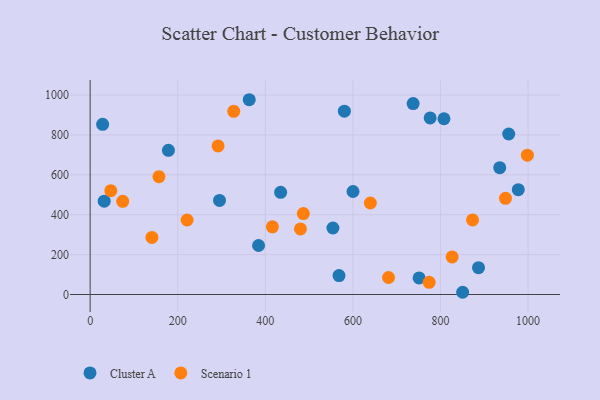
{"axis": {"x": "Distance", "y": "Salary"}, "legend": ["Cluster A", "Scenario 1"], "data": [{"x": "178.8", "y": 722.7, "type": "Cluster A"}, {"x": "955.9", "y": 804.3, "type": "Cluster A"}, {"x": "751.2", "y": 83.0, "type": "Cluster A"}, {"x": "295.4", "y": 471.3, "type": "Cluster A"}, {"x": "600.3", "y": 516.3, "type": "Cluster A"}, {"x": "850.7", "y": 11.2, "type": "Cluster A"}, {"x": "28.5", "y": 852.8, "type": "Cluster A"}, {"x": "554.4", "y": 333.4, "type": "Cluster A"}, {"x": "808.0", "y": 880.9, "type": "Cluster A"}, {"x": "580.6", "y": 918.7, "type": "Cluster A"}, {"x": "977.7", "y": 525.2, "type": "Cluster A"}, {"x": "32.1", "y": 467.6, "type": "Cluster A"}, {"x": "776.5", "y": 885.0, "type": "Cluster A"}, {"x": "886.9", "y": 134.3, "type": "Cluster A"}, {"x": "435.0", "y": 512.3, "type": "Cluster A"}, {"x": "737.6", "y": 957.1, "type": "Cluster A"}, {"x": "384.6", "y": 245.6, "type": "Cluster A"}, {"x": "568.3", "y": 94.8, "type": "Cluster A"}, {"x": "935.4", "y": 635.6, "type": "Cluster A"}, {"x": "363.3", "y": 976.2, "type": "Cluster A"}, {"x": "221.4", "y": 373.3, "type": "Scenario 1"}, {"x": "480.3", "y": 328.6, "type": "Scenario 1"}, {"x": "327.9", "y": 918.0, "type": "Scenario 1"}, {"x": "157.1", "y": 590.4, "type": "Scenario 1"}, {"x": "998.5", "y": 698.1, "type": "Scenario 1"}, {"x": "74.4", "y": 466.8, "type": "Scenario 1"}, {"x": "639.9", "y": 458.7, "type": "Scenario 1"}, {"x": "774.2", "y": 61.2, "type": "Scenario 1"}, {"x": "681.4", "y": 85.3, "type": "Scenario 1"}, {"x": "47.2", "y": 520.6, "type": "Scenario 1"}, {"x": "416.2", "y": 339.1, "type": "Scenario 1"}, {"x": "948.5", "y": 481.9, "type": "Scenario 1"}, {"x": "826.7", "y": 188.4, "type": "Scenario 1"}, {"x": "873.3", "y": 373.9, "type": "Scenario 1"}, {"x": "486.9", "y": 405.8, "type": "Scenario 1"}, {"x": "292.1", "y": 744.8, "type": "Scenario 1"}, {"x": "141.1", "y": 286.2, "type": "Scenario 1"}]}